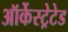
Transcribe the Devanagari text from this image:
ऑर्केस्ट्रेटेड